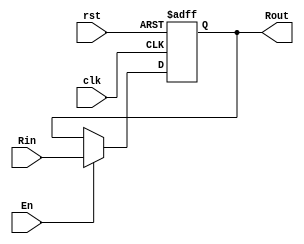
`timescale 1ns / 1ps

module Register(
input [7:0] Rin,
input En,
input clk,
input rst,
output reg [7:0] Rout
    );
    

always @(posedge clk or posedge rst) begin
    if(rst)
        Rout <= 8'd0;
    else
    begin
        if(En)
            begin
            Rout <= Rin;
            end
    end
end
endmodule